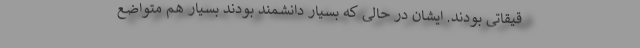
قیقاتی بودند. ایشان در حالی که بسیار دانشمند بودند بسیار هم متواضع